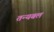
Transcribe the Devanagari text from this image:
तन्यबल